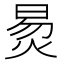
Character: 𬊛